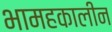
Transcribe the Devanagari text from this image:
भामहकालीन